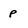
Character: p